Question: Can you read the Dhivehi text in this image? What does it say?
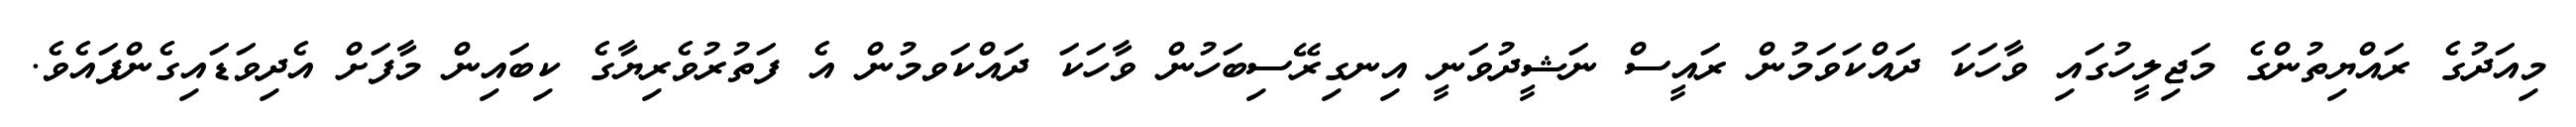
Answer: މިއަދުގެ ރައްޔިތުންގެ މަޖިލީހުގައި ވާހަކަ ދައްކަވަމުން ރައީސް ނަޝީދުވަނީ އިނގިރޭސިބަހުން ވާހަކަ ދައްކަވމުން އެ ފަތުރުވެރިޔާގެ ކިބައިން މާފަށް އެދިވަޑައިގެންފައެވެ.